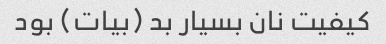
کیفیت نان بسیار بد (بیات) بود